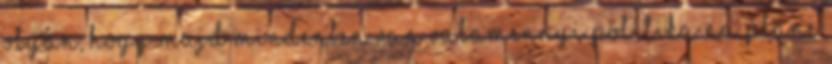
olyan, hogy majd mindenben van valamennyi politika na pláne